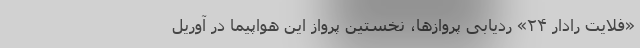
«فلایت رادار ۲۴» ردیابی پروازها، نخستین پرواز این هواپیما در آوریل